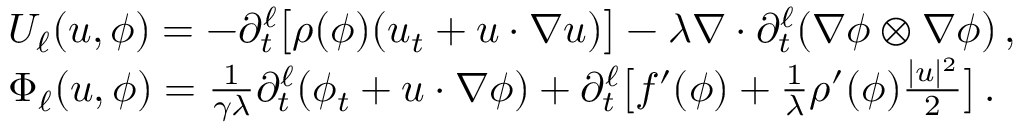
\begin{array} { r l } & { U _ { \ell } ( u , \phi ) = - \partial _ { t } ^ { \ell } \big [ \rho ( \phi ) ( u _ { t } + u \cdot \nabla u ) \big ] - \lambda \nabla \cdot \partial _ { t } ^ { \ell } ( \nabla \phi \otimes \nabla \phi ) \, , } \\ & { \Phi _ { \ell } ( u , \phi ) = \frac { 1 } { \gamma \lambda } \partial _ { t } ^ { \ell } ( \phi _ { t } + u \cdot \nabla \phi ) + \partial _ { t } ^ { \ell } \big [ f ^ { \prime } ( \phi ) + \frac { 1 } { \lambda } \rho ^ { \prime } ( \phi ) \frac { | u | ^ { 2 } } { 2 } \big ] \, . } \end{array}